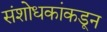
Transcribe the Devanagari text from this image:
संशोधकांकडून